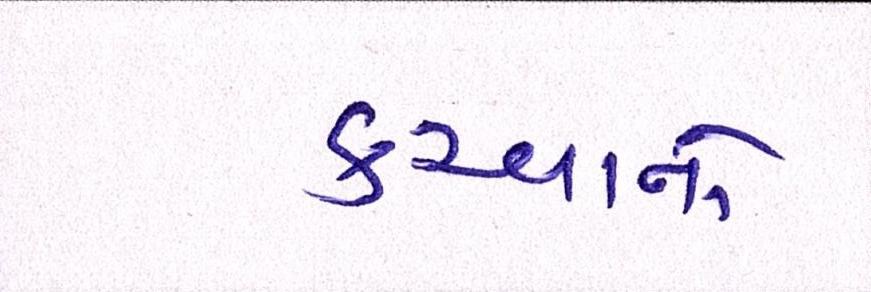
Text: કરવાનો